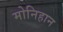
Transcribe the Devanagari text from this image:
मोनिहान